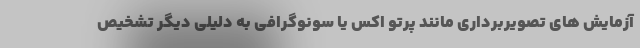
آزمایش های تصویربرداری مانند پرتو اکس یا سونوگرافی به دلیلی دیگر تشخیص